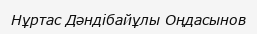
Нұртас Дәндібайұлы Оңдасынов